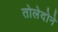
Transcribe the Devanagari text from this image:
तोलेदोने